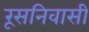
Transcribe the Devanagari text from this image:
रूसनिवासी